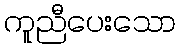
ကူညီပေးသော